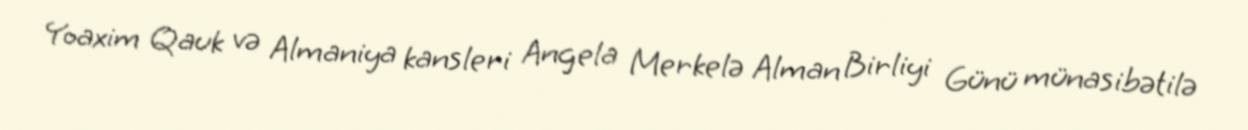
Yoaxim Qauk və Almaniya kansleri Angela Merkelə Alman Birliyi Günü münasibətilə